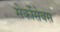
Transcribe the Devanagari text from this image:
सेर्कोसेबस